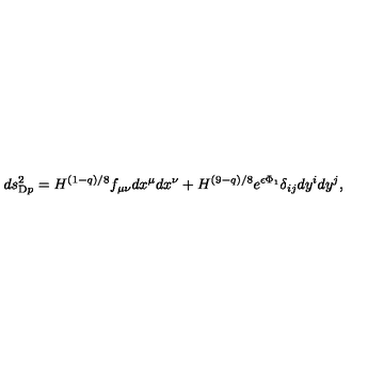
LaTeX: d s _ { \mathrm { D } p } ^ { 2 } = H ^ { ( 1 - q ) / 8 } f _ { \mu \nu } d x ^ { \mu } d x ^ { \nu } + H ^ { ( 9 - q ) / 8 } e ^ { \epsilon \Phi _ { 1 } } \delta _ { i j } d y ^ { i } d y ^ { j } ,